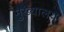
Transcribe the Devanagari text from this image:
मुख्यालय